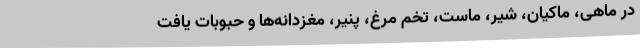
در ماهی، ماکیان، شیر، ماست، تخم مرغ، پنیر، مغزدانه‌ها و حبوبات یافت